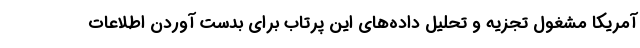
آمریکا مشغول تجزیه و تحلیل داده‌های این پرتاب برای بدست آوردن اطلاعات